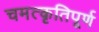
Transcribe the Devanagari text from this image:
चमत्कृतिपूर्ण